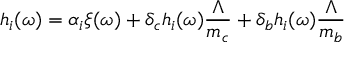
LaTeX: h _ { i } ( \omega ) = \alpha _ { i } \xi ( \omega ) + \delta _ { c } h _ { i } ( \omega ) \frac { \Lambda } { m _ { c } } + \delta _ { b } h _ { i } ( \omega ) \frac { \Lambda } { m _ { b } }